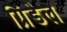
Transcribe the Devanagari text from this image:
ग्रिंडेल